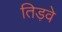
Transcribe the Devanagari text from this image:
तिड़वे